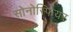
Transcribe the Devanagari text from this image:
सोनोस्फियर